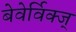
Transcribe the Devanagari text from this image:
बेवेर्विक्ज्